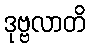
ဒုဗ္ဗလာတိ